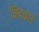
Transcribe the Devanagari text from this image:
मिडकार्ड